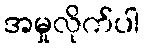
အမှုလိုက်ပါ